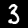
Label: 3